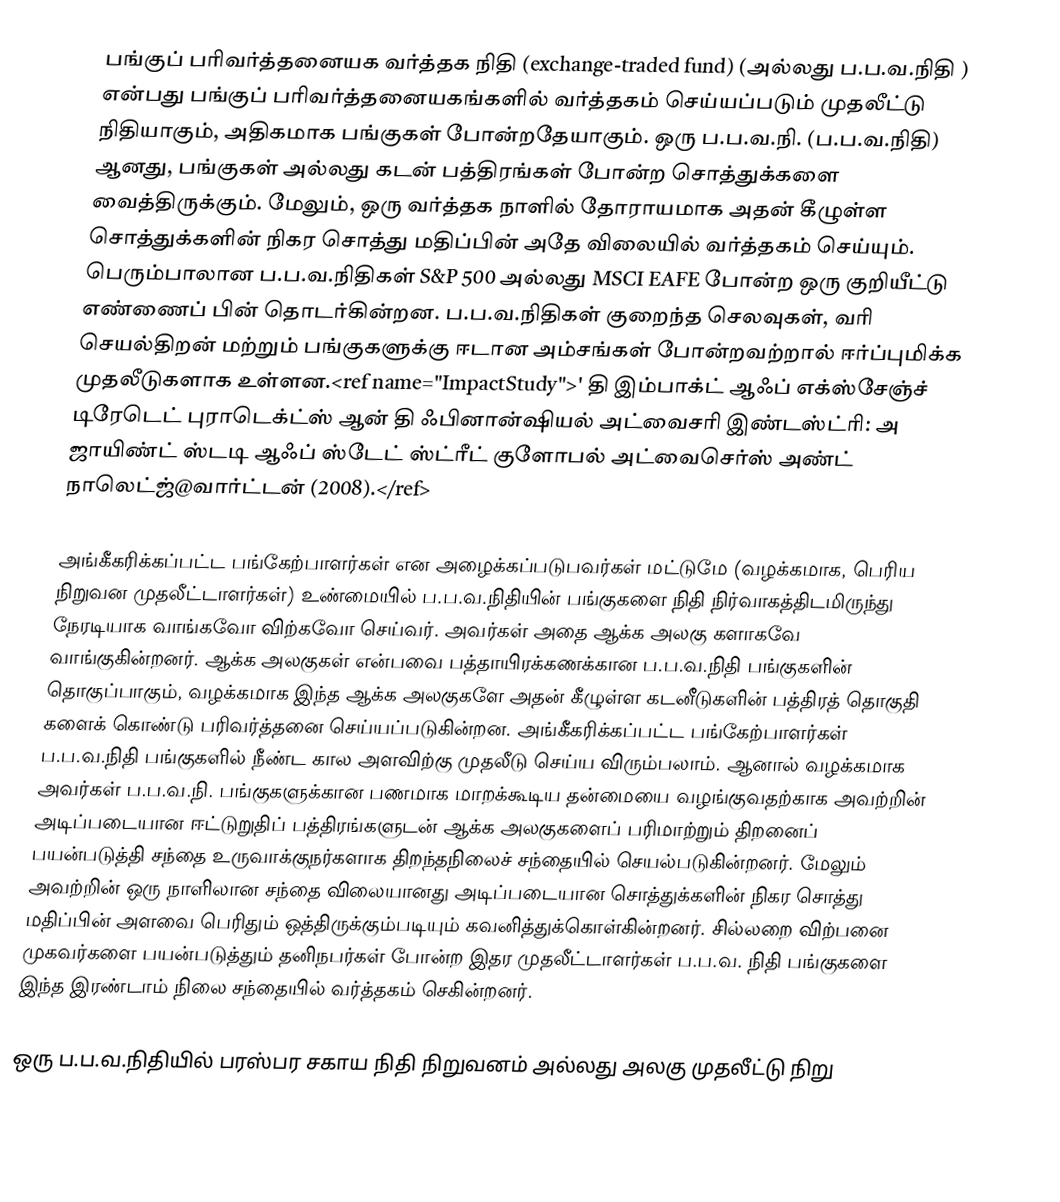
பங்குப் பரிவர்த்தனையக வர்த்தக நிதி (exchange-traded fund) (அல்லது ப.ப.வ.நிதி ) என்பது பங்குப் பரிவர்த்தனையகங்களில் வர்த்தகம் செய்யப்படும் முதலீட்டு நிதியாகும், அதிகமாக பங்குகள் போன்றதேயாகும். ஒரு ப.ப.வ.நி. (ப.ப.வ.நிதி) ஆனது, பங்குகள் அல்லது கடன் பத்திரங்கள் போன்ற சொத்துக்களை வைத்திருக்கும். மேலும், ஒரு வர்த்தக நாளில் தோராயமாக அதன் கீழுள்ள சொத்துக்களின் நிகர சொத்து மதிப்பின் அதே விலையில் வர்த்தகம் செய்யும். பெரும்பாலான ப.ப.வ.நிதிகள் S&P 500 அல்லது MSCI EAFE போன்ற ஒரு குறியீட்டு எண்ணைப் பின் தொடர்கின்றன. ப.ப.வ.நிதிகள் குறைந்த செலவுகள், வரி செயல்திறன் மற்றும் பங்குகளுக்கு ஈடான அம்சங்கள் போன்றவற்றால் ஈர்ப்புமிக்க முதலீடுகளாக உள்ளன.<ref name="ImpactStudy">' தி இம்பாக்ட் ஆஃப் எக்ஸ்சேஞ்ச் டிரேடெட் புராடெக்ட்ஸ் ஆன் தி ஃபினான்ஷியல் அட்வைசரி இண்டஸ்ட்ரி: அ ஜாயிண்ட் ஸ்டடி ஆஃப் ஸ்டேட் ஸ்ட்ரீட் குளோபல் அட்வைசெர்ஸ் அண்ட் நாலெட்ஜ்@வார்ட்டன் (2008).</ref>

அங்கீகரிக்கப்பட்ட பங்கேற்பாளர்கள் என அழைக்கப்படுபவர்கள் மட்டுமே (வழக்கமாக, பெரிய நிறுவன முதலீட்டாளர்கள்) உண்மையில் ப.ப.வ.நிதியின் பங்குகளை நிதி நிர்வாகத்திடமிருந்து நேரடியாக வாங்கவோ விற்கவோ செய்வர். அவர்கள் அதை ஆக்க அலகு களாகவே வாங்குகின்றனர். ஆக்க அலகுகள் என்பவை பத்தாயிரக்கணக்கான ப.ப.வ.நிதி பங்குகளின் தொகுப்பாகும், வழக்கமாக இந்த ஆக்க அலகுகளே அதன் கீழுள்ள கடனீடுகளின் பத்திரத் தொகுதி களைக் கொண்டு பரிவர்த்தனை செய்யப்படுகின்றன. அங்கீகரிக்கப்பட்ட பங்கேற்பாளர்கள் ப.ப.வ.நிதி பங்குகளில் நீண்ட கால அளவிற்கு முதலீடு செய்ய விரும்பலாம். ஆனால் வழக்கமாக அவர்கள் ப.ப.வ.நி. பங்குகளுக்கான பணமாக மாறக்கூடிய தன்மையை வழங்குவதற்காக அவற்றின் அடிப்படையான ஈட்டுறுதிப் பத்திரங்களுடன் ஆக்க அலகுகளைப் பரிமாற்றும் திறனைப் பயன்படுத்தி சந்தை உருவாக்குநர்களாக திறந்தநிலைச் சந்தையில் செயல்படுகின்றனர். மேலும் அவற்றின் ஒரு நாளிலான சந்தை விலையானது அடிப்படையான சொத்துக்களின் நிகர சொத்து மதிப்பின் அளவை பெரிதும் ஒத்திருக்கும்படியும் கவனித்துக்கொள்கின்றனர். சில்லறை விற்பனை முகவர்களை பயன்படுத்தும் தனிநபர்கள் போன்ற இதர முதலீட்டாளர்கள் ப.ப.வ. நிதி பங்குகளை இந்த இரண்டாம் நிலை சந்தையில் வர்த்தகம் செகின்றனர்.

ஒரு ப.ப.வ.நிதியில் பரஸ்பர சகாய நிதி நிறுவனம் அல்லது அலகு முதலீட்டு நிறு